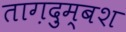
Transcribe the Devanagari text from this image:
ताग़दुम्बश